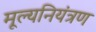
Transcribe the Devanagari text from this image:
मूल्यनियंत्रण